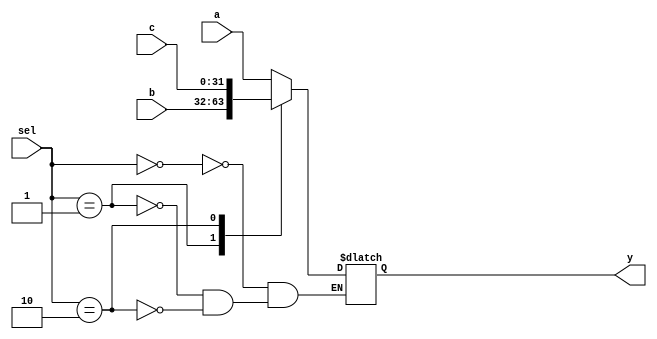
`timescale 1ns / 1ps
//////////////////////////////////////////////////////////////////////////////////
// Company: 
// Engineer: 
// 
// Design Name: 
// Module Name: Mux_3x1
// Project Name: 
// Target Devices: 
// Tool Versions: 
// Description: 
// 
// Dependencies: 
// 
// Revision:
// Revision 0.01 - File Created
// Additional Comments:
// 
//////////////////////////////////////////////////////////////////////////////////


module Mux_3x1(sel, a, b, c, y);
    parameter bitwidth=32;
    input   [1:0] sel;
    input   [bitwidth-1:0] a, b, c;
    output  [bitwidth-1:0] y;
    reg     [bitwidth-1:0] y;

    always @(sel or a or b or c)
    begin
        case (sel)
            2'b00 : y = a;
            2'b01 : y = b;
            2'b10 : y = c;
        endcase
    end
endmodule